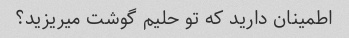
اطمینان دارید که تو حلیم گوشت میریزید؟